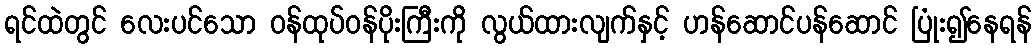
ရင်ထဲတွင် လေးပင်သော ဝန်ထုပ်ဝန်ပိုးကြီးကို လွယ်ထားလျက်နှင့် ဟန်ဆောင်ပန်ဆောင် ပြုံး၍နေရန်